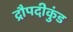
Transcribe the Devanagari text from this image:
द्रौपदीकुंड